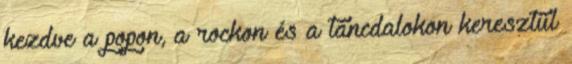
kezdve a popon, a rockon és a táncdalokon keresztül